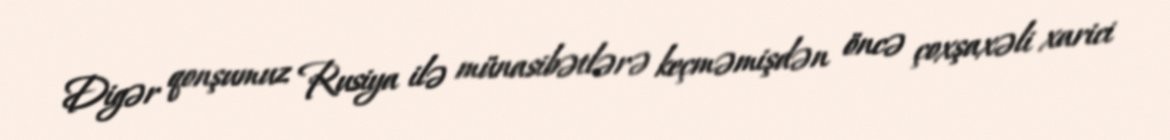
Digər qonşumuz Rusiya ilə münasibətlərə keçməmişdən öncə çoxşaxəli xarici